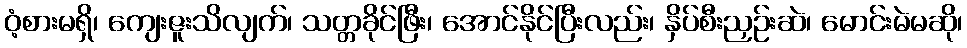
ဝံ့စားမရှိ၊ ကျေးဇူးသိလျက်၊ သတ္တခိုင်ဖြီး၊ အောင်နိုင်ပြီးလည်း၊ နှိပ်စီးညှဉ်းဆဲ၊ မောင်းမဲမဆို၊